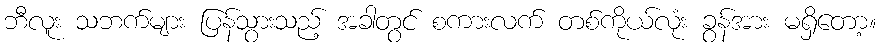
ဘီလူး သဘက်များ ပြန်သွားသည့် အခါတွင် စကားလက် တစ်ကိုယ်လုံး ခွန်အား မရှိတော့။